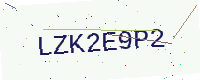
Text: LZK2E9P2